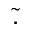
\tilde { . }